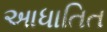
આધાતિત